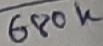
Text: 680K